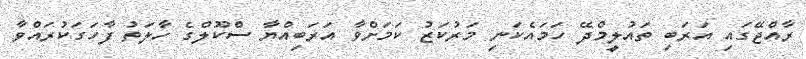
ރާއްޖޭގައި އަރަބި ތައުލީމްދޭ ހަމައެކަނި މަރުކަޒު ކަމަށްވާ އަރަބިއްޔާ ސްކޫލްގެ ހާލަތު ފާހަގަކުރައްވާ